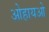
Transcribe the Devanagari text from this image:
ओहायओ